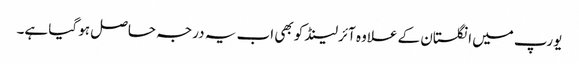
یورپ میں انگلستان کے علاوہ آئرلینڈ کو بھی اب یہ درجہ حاصل ہو گیا ہے۔